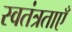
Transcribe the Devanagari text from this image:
स्वतंत्रताएँ